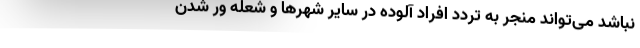
نباشد می‌تواند منجر به تردد افراد آلوده در سایر شهرها و شعله ور شدن